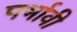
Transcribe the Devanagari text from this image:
पर्भावी